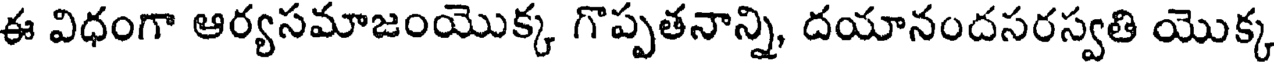
ఈ విధంగా ఆర్యసమాజంయొక్క గొప్పతనాన్ని, దయానందసరస్వతి యొక్క